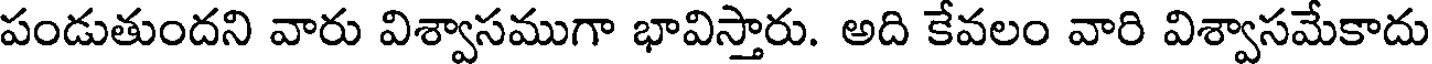
పండుతుందని వారు విశ్వాసముగా భావిస్తారు. అది కేవలం వారి విశ్వాసమేకాదు